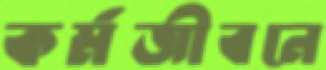
কর্মজীবনে